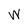
Character: w